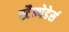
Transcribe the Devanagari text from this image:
स्टैम्पेडेर्स